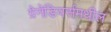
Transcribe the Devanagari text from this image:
ग्रेनेडियर्समधील